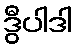
ဒွီပါဒါ